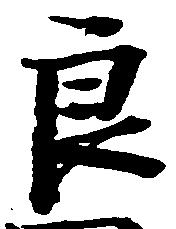
良